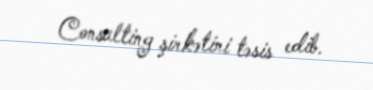
Consulting şirkətini təsis edib.